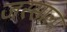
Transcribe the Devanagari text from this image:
जस्साला